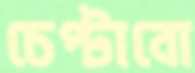
চেপ্‌টাবো